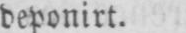
deponirt.